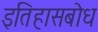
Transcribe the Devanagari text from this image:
इतिहासबोध